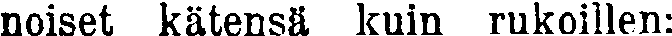
noiset kätensä kuin rukoillen: